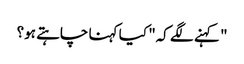
" کہنے لگے کہ" کیا کہنا چاہتے ہو؟